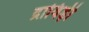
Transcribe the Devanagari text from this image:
द्राविड़ी